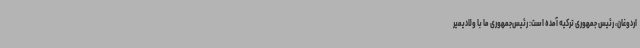
اردوغان،‌ رئیس‌ جمهوری ترکیه آمده است: رئیس‌جمهوری ما با ولادیمیر